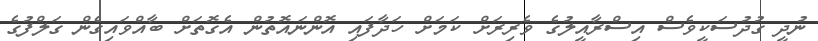
ނުދީ ގުދުސަކީވެސް އިސްރާއީލުގެ ވެރިރަށް ކަމަށް ހަދާފައި އޮންނައޮތުން އެގޮތަށް ބާއްވައިގެން ގަލްފުގެ